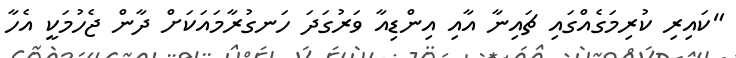
"ކައިރި ކުރިމަގެއްގައި ޗައިނާ އާއި އިންޑިއާ ވަރުގަދަ ހަނގުރާމައަކަށް ދާން ޖެހުމަކީ އެހާ